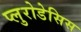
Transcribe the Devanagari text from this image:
प्लुरोडेसिस